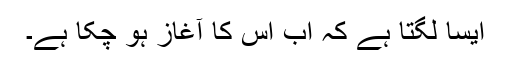
ایسا لگتا ہے کہ اب اس کا آغاز ہو چکا ہے۔